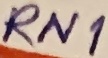
Text: RN1